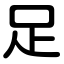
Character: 足